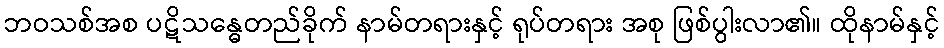
ဘဝသစ်အစ ပဋိသန္ဓေတည်ခိုက် နာမ်တရားနှင့် ရုပ်တရား အစု ဖြစ်ပွါးလာ၏။ ထိုနာမ်နှင့်